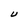
Character: U